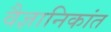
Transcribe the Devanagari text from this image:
वैज्ञानिकांत